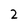
Character: 2